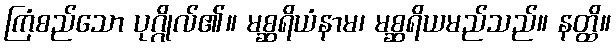
ကြံစည်သော ပုဂ္ဂိုလ်၏။ မစ္ဆရိယံနာမ၊ မစ္ဆရိယမည်သည်။ နတ္ထိ။